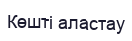
Көшті аластау